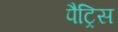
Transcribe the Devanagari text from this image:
पैट्रिस